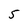
Character: 5